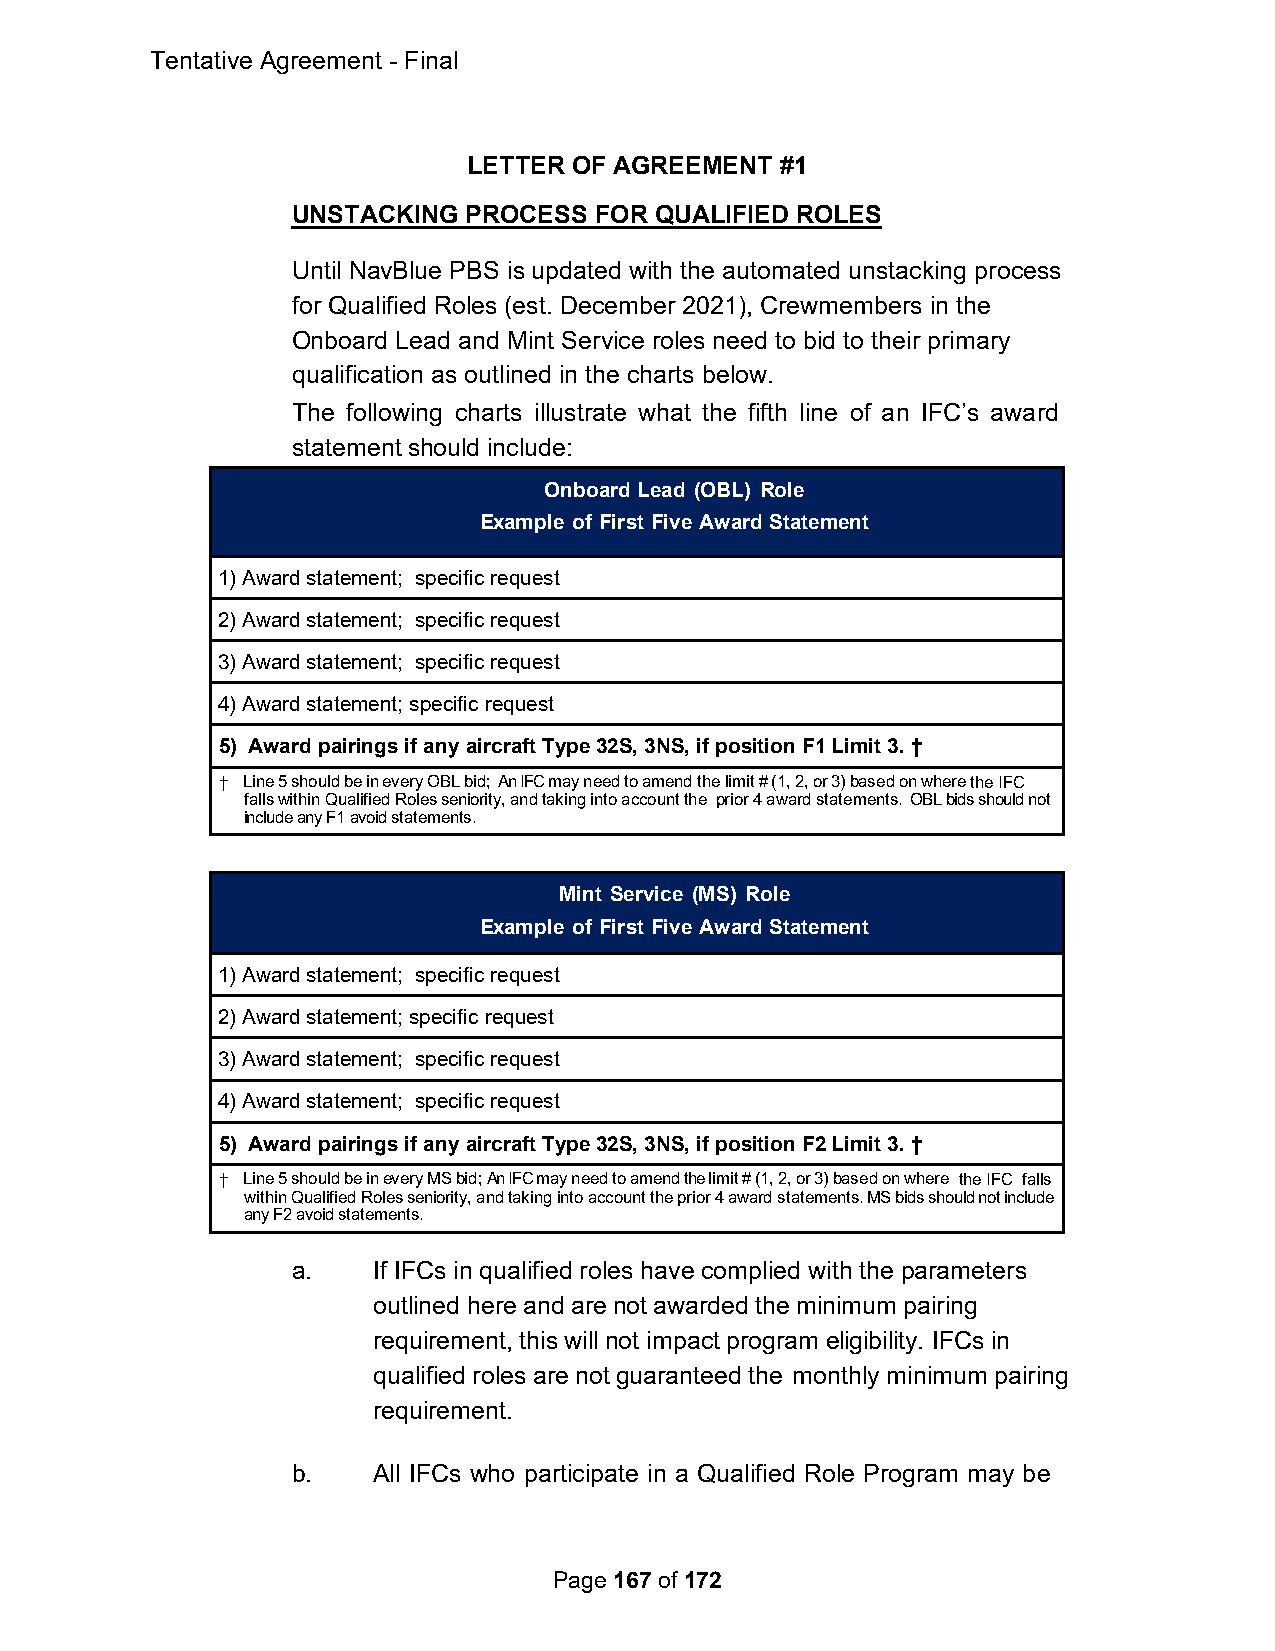
Tentative Agreement - Final
 LETTER OF AGREEMENT  #1
 UNSTACKING  PROCESS FOR QUALIFIED ROLES
 Until NavBlue PBS is updated with the automated unstacking process
 for Qualified Roles (est. December 2021), Crewmembers in the
 Onboard Lead and Mint Service roles need to bid to their primary
 qualification as outlined in the charts below.
 The following charts illustrate what the fifth line of an IFC’s award
 statement should include:
 Onboard Lead (OBL) Role
 Example of First Five Award Statement
 1) Award statement; specific request
 2) Award statement; specific request
 3) Award statement; specific request
 4) Award statement; specific request
 5) Award pairings if any aircraft Type 32S, 3NS, if position F1 Limit 3. †
 † Line 5 should be in every OBL bid; An IFC may need to amend the limit # (1, 2, or 3) based on where the IFC
 falls within Qualified Roles seniority, and taking into account the prior 4 award statements. OBL bids should not
 include any F1 avoid statements.
 Mint Service (MS) Role
 Example of First Five Award Statement
 1) Award statement; specific request
 2) Award statement; specific request
 3) Award statement; specific request
 4) Award statement; specific request
 5) Award pairings if any aircraft Type 32S, 3NS, if position F2 Limit 3. †
 † Line 5 should be in every MS bid; An IFC may need to amend the limit # (1, 2, or 3) based on where the IFC falls
 within Qualified Roles seniority, and taking into account the prior 4 award statements. MS bids should not include
 any F2 avoid statements.
 a.    If IFCs in qualified roles have complied with the parameters
 outlined here and are not awarded the minimum pairing
 requirement, this will not impact program eligibility. IFCs in
 qualified roles are not guaranteed the monthly minimum pairing
 requirement.
 b.    All IFCs who participate in a Qualified Role Program may be
 Page 167 of 172